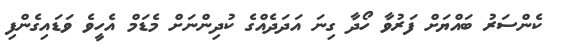
ކެންސަރު ބައްޔަށް ފަރުވާ ހޯދާ ގިނަ އަދަދެއްގެ ކުދިންނަށް މެޑަމް އެހީވެ ވަޑައިގެންފި